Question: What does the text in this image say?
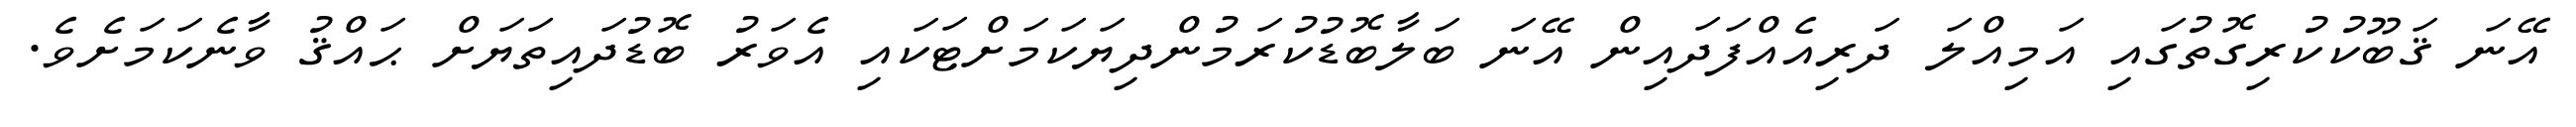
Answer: އޭނަ ޤަބޫކުކުރިގޮތުގައި އަމިއްލަ ދަރިއެއްފަދައިން އޭނަ ބަލާބޮޑުކުރަމުންދިޔަކަމަށްޓަކައި އެވަރު ބޮޑުދައިތަޔަށް ޙައްޤު ވާނެކަމަށެވެ.